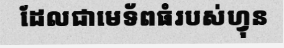
ដែលជាមេទ័ពធំរបស់ហ្វុន